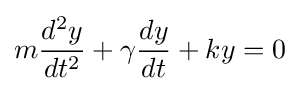
m{\frac {d^{2}y}{dt^{2}}}+\gamma {\frac {dy}{dt}}+ky=0